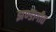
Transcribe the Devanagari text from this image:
झण्डागीत